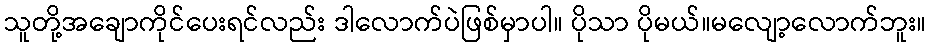
သူတို့အချောကိုင်ပေးရင်လည်း ဒါလောက်ပဲဖြစ်မှာပါ။ ပိုသာ ပိုမယ်။မလျော့လောက်ဘူး။